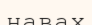
навах